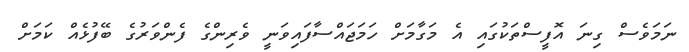
ނަމަވެސް ގިނަ އޮފީސްތަކުގައި އެ މަގާމަށް ހަމަޖައްސާފައިވަނީ ވެރިންގެ ފެންވަރުގެ ބޭފުޅެއް ކަމަށް